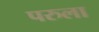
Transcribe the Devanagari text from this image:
परुला